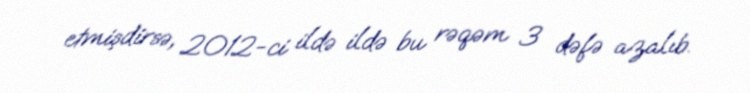
etmişdirsə, 2012-ci ildə ildə bu rəqəm 3 dəfə azalıb.